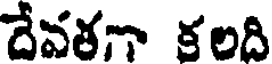
దేవతగా కలది